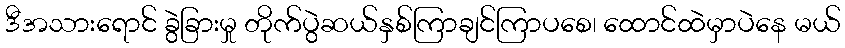
ဒီအသားရောင် ခွဲခြားမှု တိုက်ပွဲဆယ်နှစ်ကြာချင်ကြာပစေ၊ ထောင်ထဲမှာပဲနေ မယ်